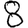
Digit: 8